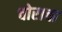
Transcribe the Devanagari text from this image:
चोराचा